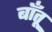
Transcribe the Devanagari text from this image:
बाँतू